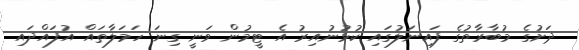
ދަށުގެ މުބާރާތުގެ ފައިނަލުގައި ކުޅުނުއިރު އެ ޓީމުން ވަނީ ގިނަ ހަމަލާތައް އުފައްދައި